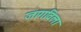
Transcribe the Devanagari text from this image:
जागविला